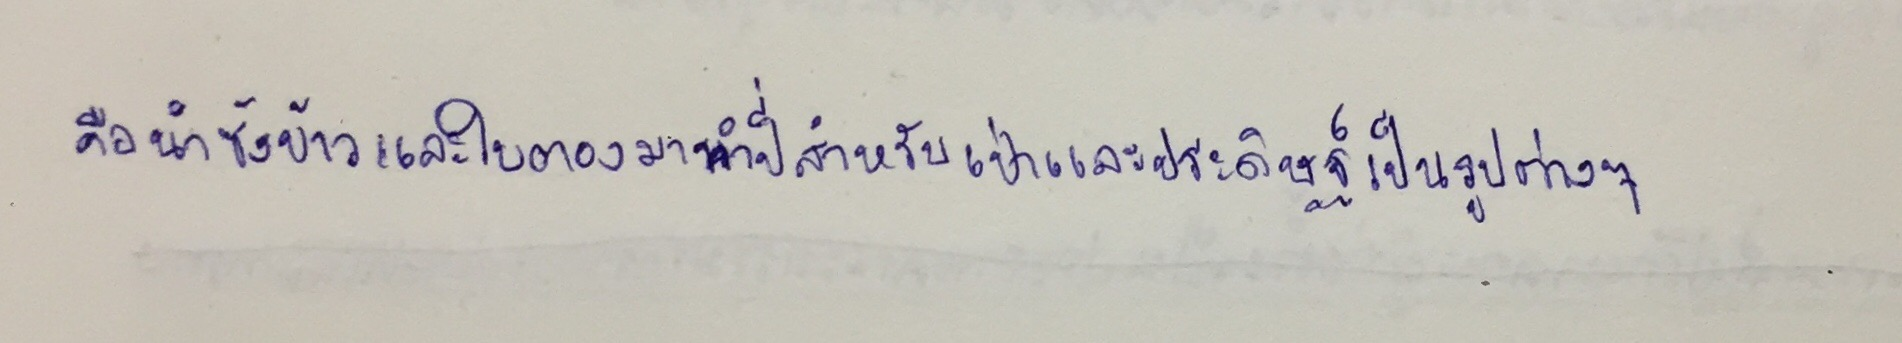
คือนำซังข้าวและใบตองมาทำปี่สำหรับเป่าและประดิษฐ์เป็นรูปต่างๆ